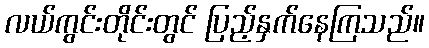
လယ်ကွင်းတိုင်းတွင် ပြည့်နှက်နေကြသည်။